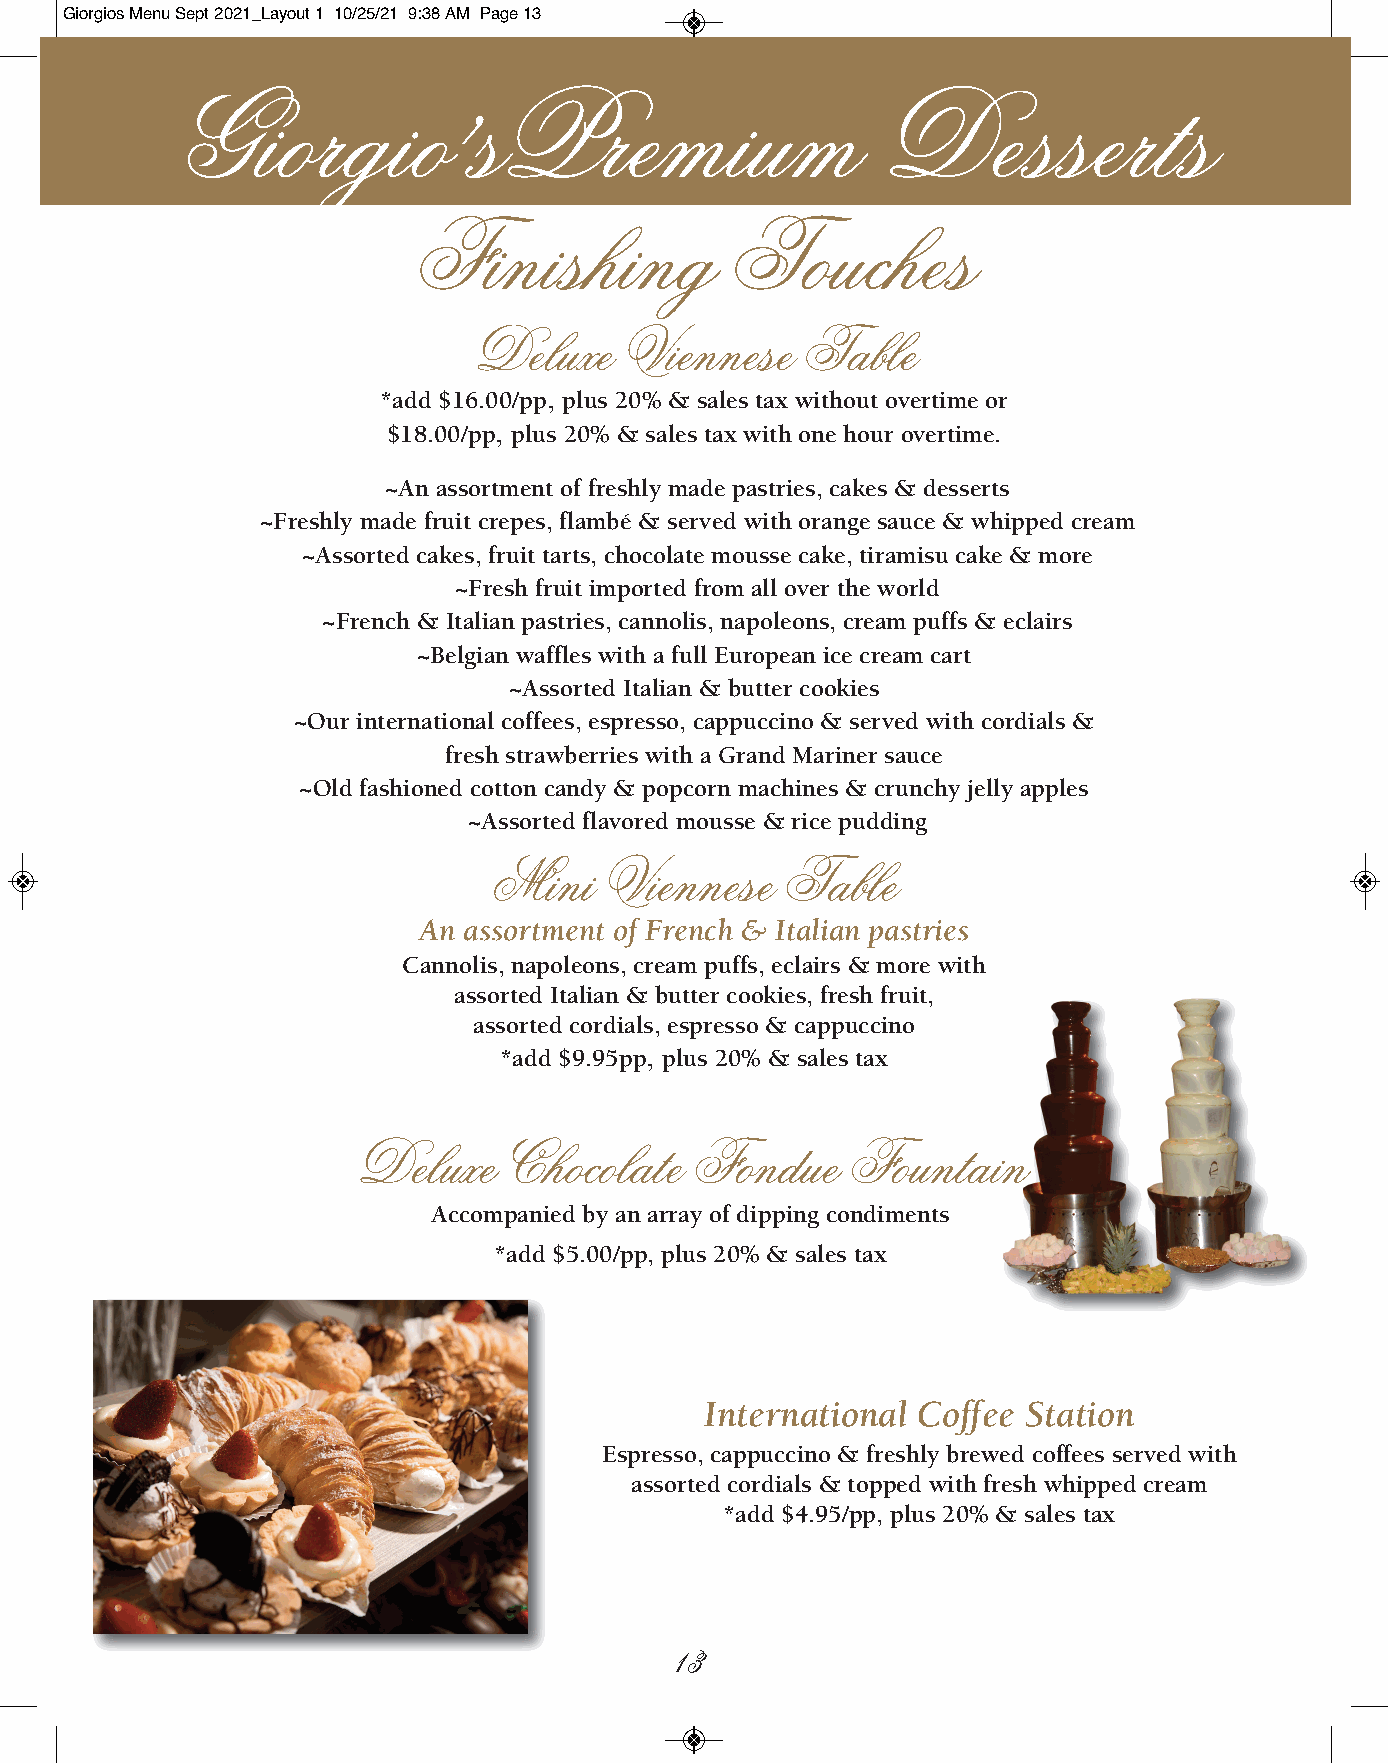
Giorgios Menu Sept 2021_Layout 1 10/25/21 9:38 AM Page 13
 Giorgio            sPremium                   Desserts
 ’
 Finishing            Touches
 Deluxe    Viennese    Table
 *add $16.00/pp, plus 20% & sales tax without overtime or
 $18.00/pp, plus 20% & sales tax with one hour overtime.
 ~An assortment of freshly made pastries, cakes & desserts
 ~Freshly made fruit crepes, flambé & served with orange sauce & whipped cream
 ~Assorted cakes, fruit tarts, chocolate mousse cake, tiramisu cake & more
 ~Fresh fruit imported from all over the world
 ~French & Italian pastries, cannolis, napoleons, cream puffs & eclairs
 ~Belgian waffles with a full European ice cream cart
 ~Assorted Italian & butter cookies
 ~Our international coffees, espresso, cappuccino & served with cordials &
 fresh strawberries with a Grand Mariner sauce
 ~Old fashioned cotton candy & popcorn machines & crunchy jelly apples
 ~Assorted flavored mousse & rice pudding
 Mini   Viennese    Table
 An assortment of French & Italian pastries
 Cannolis, napoleons, cream puffs, eclairs & more with
 assorted Italian & butter cookies, fresh fruit,
 assorted cordials, espresso & cappuccino
 *add $9.95pp, plus 20% & sales tax
 Deluxe    Chocolate    Fondue    Fountain
 Accompanied by an array of dipping condiments
 *add $5.00/pp, plus 20% & sales tax
 International Coffee Station
 Espresso, cappuccino & freshly brewed coffees served with
 assorted cordials & topped with fresh whipped cream
 *add $4.95/pp, plus 20% & sales tax
 13